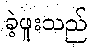
ခဲ့ဖူးသည်